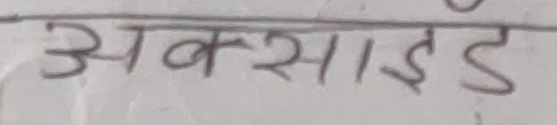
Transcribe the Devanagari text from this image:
अब्साइड